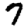
Digit: 7